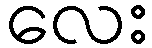
လေး